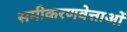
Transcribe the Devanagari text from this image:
समीकरणवेत्ताओं